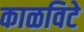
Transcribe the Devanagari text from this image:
काळविटे